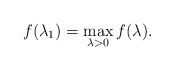
\begin{align*}f(\lambda_1)= \max_{\lambda>0} f(\lambda). \end{align*}